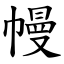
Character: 幔